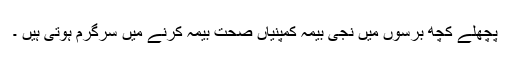
پچھلے کچھ برسوں میں نجی بیمہ کمپنیاں صحت بیمہ کرنے میں سرگرم ہوتی ہیں ۔